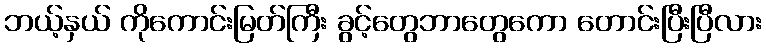
ဘယ့်နှယ် ကိုကောင်းမြတ်ကြီး ခွင့်တွေဘာတွေကော တောင်းပြီးပြီလား